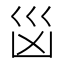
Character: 𭗾